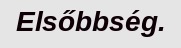
Elsőbbség.